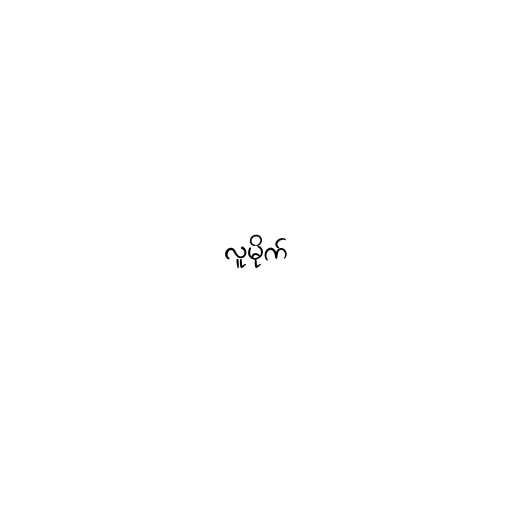
လူမိုက်